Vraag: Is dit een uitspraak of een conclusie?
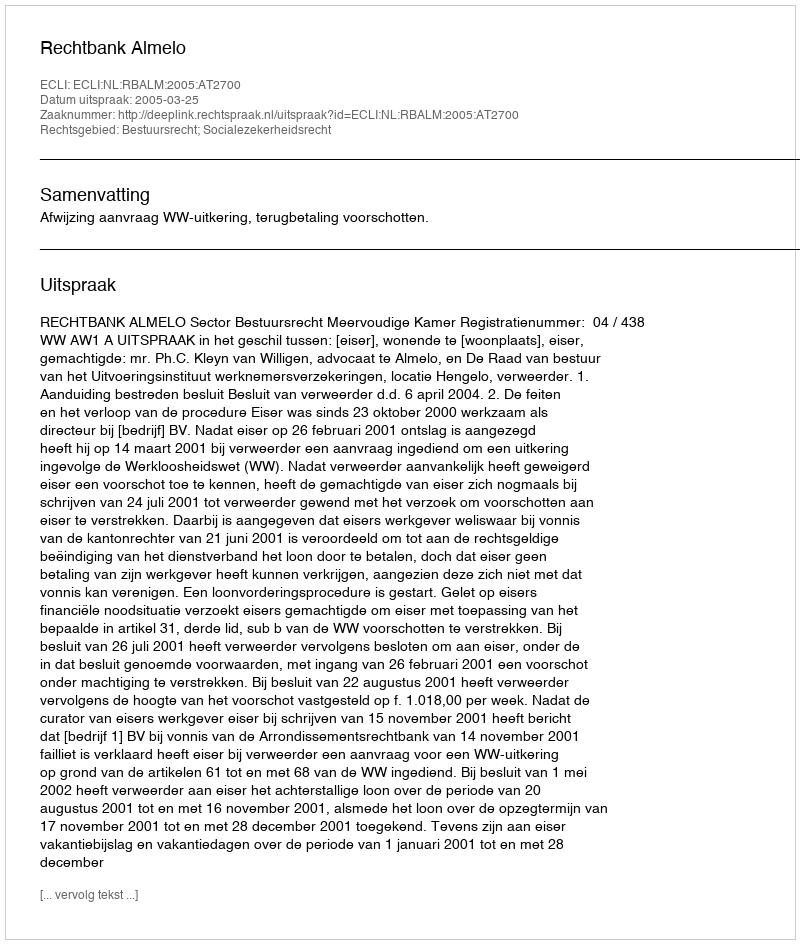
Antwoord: Uitspraak